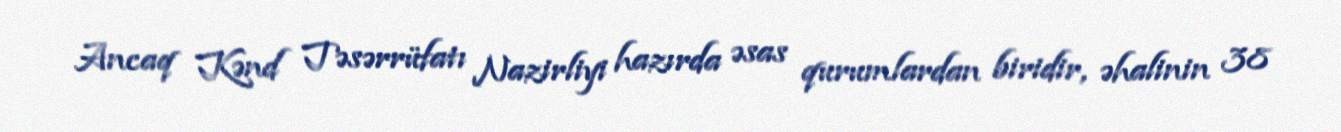
Ancaq Kənd Təsərrüfatı Nazirliyi hazırda əsas qurumlardan biridir, əhalinin 38